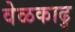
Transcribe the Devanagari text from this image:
वेळकाढु